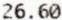
26.60